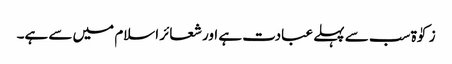
زکوٰۃ سب سے پہلے عبادت ہے اور شعائر اسلام میں سے ہے۔